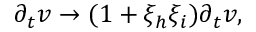
\begin{array} { r } { \partial _ { t } v \rightarrow ( 1 + \xi _ { h } \xi _ { i } ) \partial _ { t } v , } \end{array}